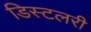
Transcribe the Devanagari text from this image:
डिस्टलरी